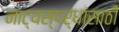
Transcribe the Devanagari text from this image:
नाट्यस्पर्धांसाठी